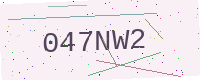
Text: 047NW2